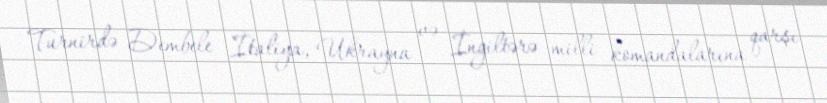
Turnirdə Dembele İtaliya, Ukrayna və İngiltərə milli komandalarına qarşı